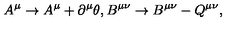
A ^ { \mu } \rightarrow A ^ { \mu } + \partial ^ { \mu } \theta , B ^ { \mu \nu } \rightarrow B ^ { \mu \nu } - Q ^ { \mu \nu } ,